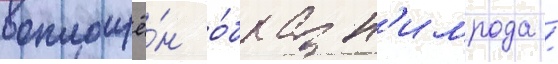
воплощё́н о́браз н'имрода /